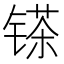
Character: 𲈓